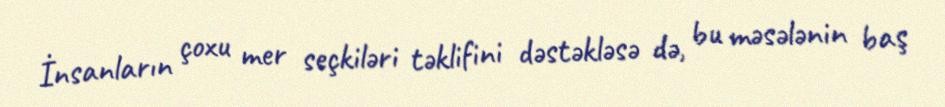
İnsanların çoxu mer seçkiləri təklifini dəstəkləsə də, bu məsələnin baş